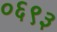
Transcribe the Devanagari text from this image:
०६९३